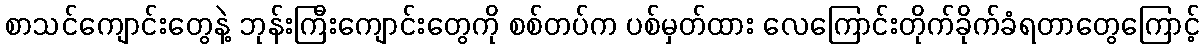
စာသင်ကျောင်းတွေနဲ့ ဘုန်းကြီးကျောင်းတွေကို စစ်တပ်က ပစ်မှတ်ထား လေကြောင်းတိုက်ခိုက်ခံရတာတွေကြောင့်